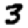
Digit: 3